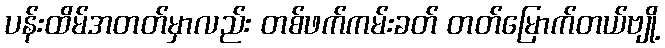
ပန်းထိမ်အတတ်မှာလည်း တစ်ဖက်ကမ်းခတ် တတ်မြောက်တယ်ဗျို့